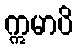
ဣမာပိ